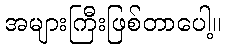
အများကြီးဖြစ်တာပေါ့။